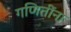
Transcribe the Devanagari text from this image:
गणितींना